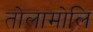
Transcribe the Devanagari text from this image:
तोलामोलि